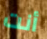
أنت